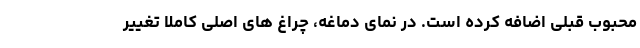
محبوب قبلی اضافه کرده است. در نمای دماغه، چراغ های اصلی کاملا تغییر